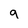
Character: 9